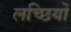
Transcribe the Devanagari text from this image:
लच्छियों